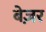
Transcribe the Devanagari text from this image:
बेज़र